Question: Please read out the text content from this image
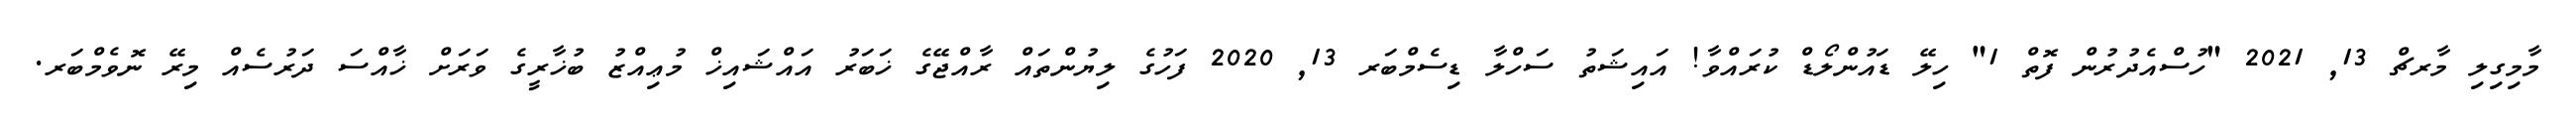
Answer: މާމިގިލި މާރޗް 13, 2021 "ހުސްއެދުރުން ފޮތް 1" ހިލޭ ޑައުންލޯޑް ކުރައްވާ! އައިޝަތު ސަހްލާ ޑިސެމްބަރ 13, 2020 ފަހުގެ ލިޔުންތައް ރާއްޖޭގެ ޚަބަރު އައްޝައިޚް މުޢިއްޒު ބުޚާރީގެ ވަރަށް ޚާއްސަ ދަރުސެއް މިރޭ ނޮވެމްބަރ.